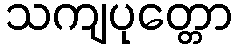
သကျပုတ္တော